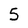
Character: 5